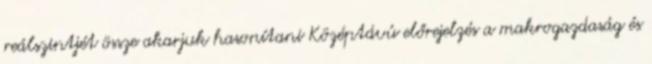
reálszintjét össze akarjuk hasonítani Középtávú előrejelzés a makrogazdaság és